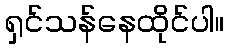
ရှင်သန်နေထိုင်ပါ။